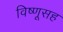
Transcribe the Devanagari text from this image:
विष्णूसह